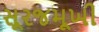
સૂરજમૂખી